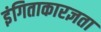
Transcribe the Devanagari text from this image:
इंगिताकारज्ञता